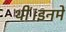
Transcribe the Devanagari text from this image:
थीं।इनमें